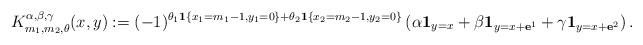
LaTeX: \begin{align*} K^{\alpha,\beta,\gamma}_{m_1,m_2,\theta} (x,y) := (-1)^{ \theta_1 \mathbf{1}\{x_1 = m_1-1, y_1 = 0\} + \theta_2 \mathbf{1}\{ x_2 = m_2 - 1, y_2 = 0\} } \left( \alpha \mathbf{1}_{y = x} + \beta \mathbf{1}_{ y = x + \mathbf{e}^1 } + \gamma \mathbf{1}_{ y = x + \mathbf{e}^2 } \right).\end{align*}